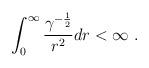
LaTeX: \begin{align*}\int ^ \infty _ 0 {{\gamma ^{-{1 \over 2} }\over {r^2} }} dr <\infty\ .\end{align*}